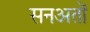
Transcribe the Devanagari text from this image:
सनअतों